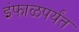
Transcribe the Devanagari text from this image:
इंफाळपर्यंत